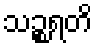
သဉ္စရတိ